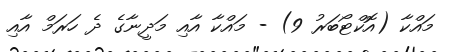
މައްކާ (އޮކްޓޯބަރު 9) - މައްކާ އާއި މަދީނާގެ ދެ ހަރަމް އާއި